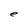
Character: e